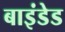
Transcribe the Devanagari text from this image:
बाइंडेड